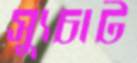
স্যুচাট